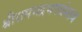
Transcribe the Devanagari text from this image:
श्रीरामभद्रभगवंस्तव